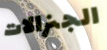
الجنرالات